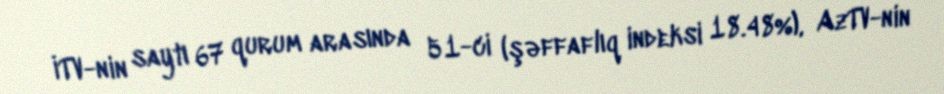
İTV-nin saytı 67 qurum arasında 51-ci (şəffaflıq indeksi 18.48%), AzTV-nin